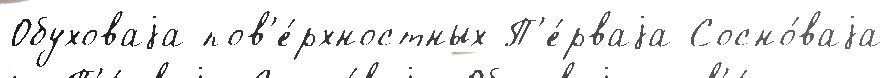
Обуховаjа пов'е́рхностных П'е́рваjа Сосно́ваjа